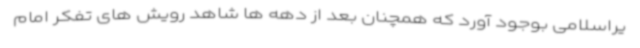
یراسلامی بوجود آورد که همچنان بعد از دهه ها شاهد رویش های تفکر امام